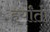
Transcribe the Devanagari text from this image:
हर्यांतो